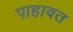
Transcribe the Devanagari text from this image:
पाहावत